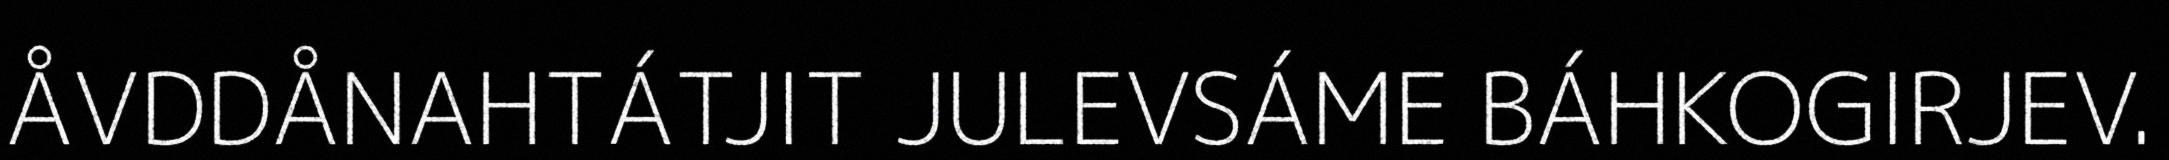
ÅVDDÅNAHTÁTJIT JULEVSÁME BÁHKOGIRJEV.